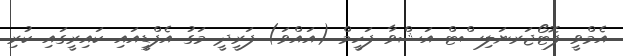
އެމްވީ ފޮޓޯޖަރނަލިސްޓް އަޝްވާ ފަހީމް (އައްވަ) ފަރީދީ މަގު އެފްޑީއައި ކައިރީގައި ކުރި